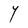
Character: Y